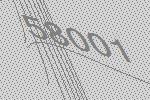
58001